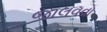
જાલવવા